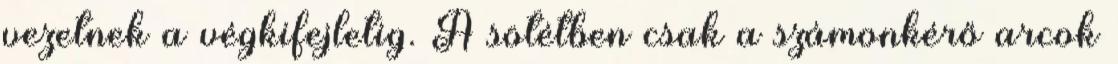
vezetnek a végkifejletig. A sötétben csak a számonkérő arcok